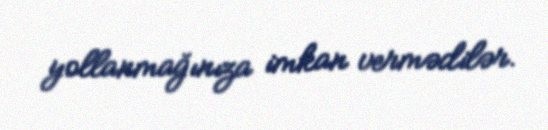
yollanmağınıza imkan vermədilər.